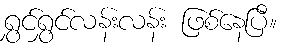
ရွှင်ရွှင်လန်းလန်း ဖြစ်နေပြီ။